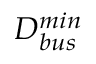
D _ { b u s } ^ { m i n }